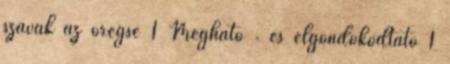
szavak az öregsé 1 Megható . és elgondokodtató 1